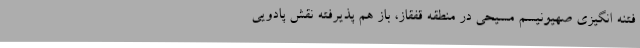
فتنه انگیزی صهیونیسم مسیحی در منطقه قفقاز، باز هم پذیرفته نقش پادویی